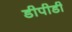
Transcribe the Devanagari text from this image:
डीपीडी